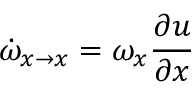
\dot { \omega } _ { x \rightarrow x } = \omega _ { x } \frac { \partial u } { \partial x }